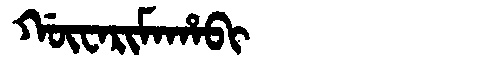
Manchu: ᡤᡡᠸᠠᡵᡳᠮᠠᡥᠠᠪᡳ
Romanization: GŪWARIMAHABI